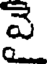
వె